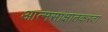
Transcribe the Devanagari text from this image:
आत्मसाक्षातकरता